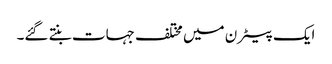
ایک پیٹرن میں مختلف جہات بنتے گئے۔